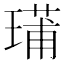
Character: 𤨳